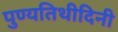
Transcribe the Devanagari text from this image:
पुण्यतिथीदिनी